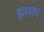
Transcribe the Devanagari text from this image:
इसल